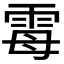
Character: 𫕢